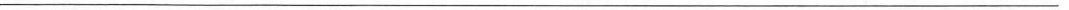
___